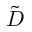
\tilde { D }